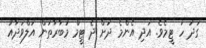
ގަދަ ހަ ޓީމެވެ. އަދި އެންމެ ދަށް ދެ ޓީމް މުބާރާތުން އަލްވަދާއު